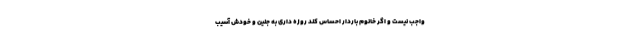
واجب نیست و اگر خانوم باردار احساس کند روزه داری به جنین و خودش آسیب